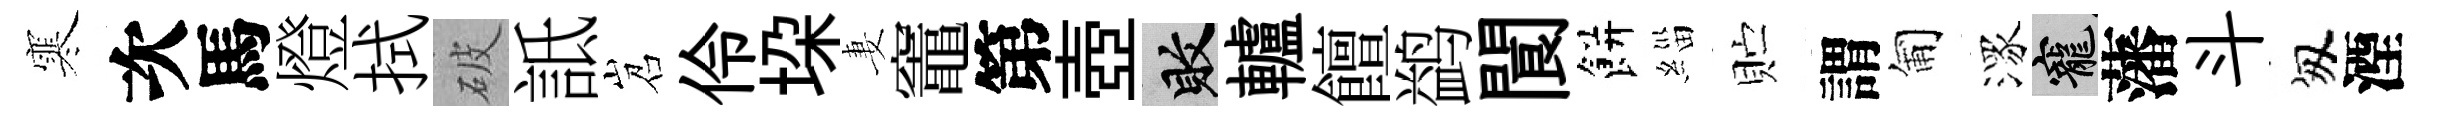
寒次馬燈拭破詆岧伶垜妻竈第壺敗轤饘鹢閬餅緇贮謂匍潈寵藩斗匆湮